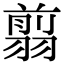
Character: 翦